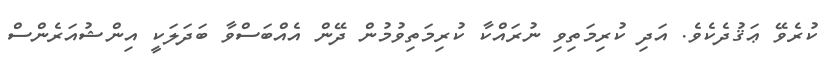
ކުރެވޭ ޢަޤުދެކެވެ. އަދި ކުރިމަތިވި ނުރައްކާ ކުރިމަތިވުމުން ދޭން އެއްބަސްވާ ބަދަލަކީ އިންޝުއަރެންސް